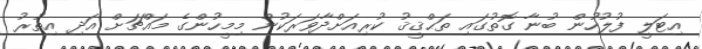
އިޓަލީ ފުލުހުން ބުނާ ގޮތުގައި ތަޙްޤީޤު ކުރިއަށްދާވަރަކުން މިމީހުންގެ މައްޗަށް އަދި އިތުރު